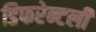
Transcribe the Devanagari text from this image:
डिफरेन्टली